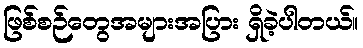
ဖြစ်စဉ်တွေအများအပြား ရှိခဲ့ပါတယ်။